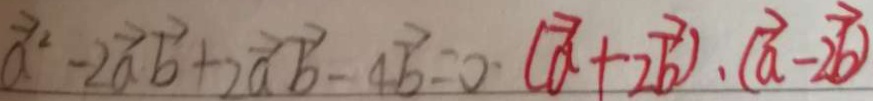
a ^ { 2 } - 2 \overrightarrow { a } \overrightarrow { b } + 2 \overrightarrow { a } \overrightarrow { b } - 4 \overrightarrow { b } = 0 ( \overrightarrow { a } + 2 \overrightarrow { b } ) \cdot ( \overrightarrow { a } - 2 \overrightarrow { b } )